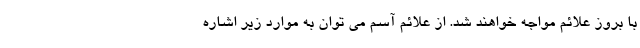
با بروز علائم مواجه خواهند شد. از علائم آسم می توان به موارد زیر اشاره